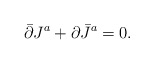
\begin{align*}\bar\partial J^a + \partial \bar J^a = 0.\end{align*}